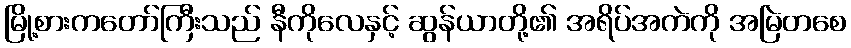
မြို့စားကတော်ကြီးသည် နီကိုလေနှင့် ဆွန်ယာတို့၏ အရိပ်အကဲကို အမြဲတစေ